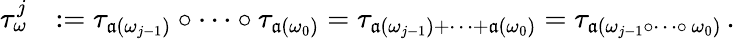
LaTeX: \begin{array}{rl}{\tau_{\omega}^{j}}&{:=\tau_{\mathfrak{a}(\omega_{j-1})}\circ\cdots\circ\tau_{\mathfrak{a}(\omega_{0})}=\tau_{\mathfrak{a}(\omega_{j-1})+\cdots+\mathfrak{a}(\omega_{0})}=\tau_{\mathfrak{a}(\omega_{j-1}\circ\cdots\circ\, \omega_{0})}\, .}\end{array}